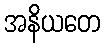
အနိယတေ